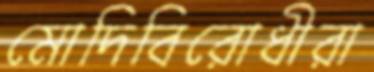
মোদিবিরোধীরা